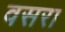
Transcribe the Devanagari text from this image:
वसरा